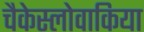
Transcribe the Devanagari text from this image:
चैकेस्लोवाकिया